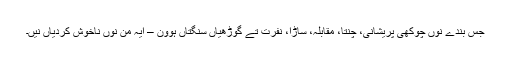
جس بندے نوں چوکھی پریشانی، چنتا، مقابلہ، ساڑا، نفرت تے گوڑھیاں سنگتاں ہوون – ایہ من نوں ناخوش کردیاں نیں۔